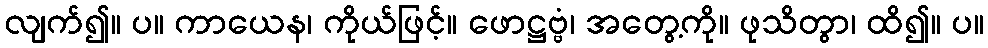
လျက်၍။ ပ။ ကာယေန၊ ကိုယ်ဖြင့်။ ဖောဋ္ဌဗ္ဗံ၊ အတွေ့ကို။ ဖုသိတွာ၊ ထိ၍။ ပ။